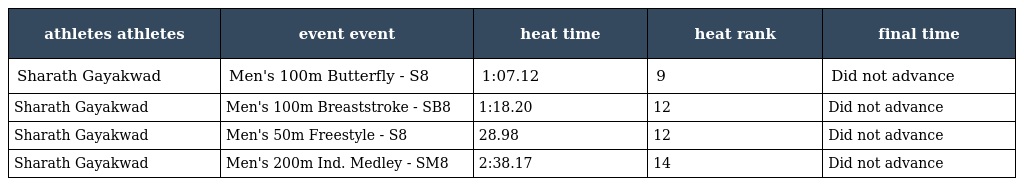
| athletes athletes | event event | heat time | heat rank | final time |
 | --- | --- | --- | --- | --- |
 | Sharath Gayakwad | Men's 100m Butterfly - S8 | 1:07.12 | 9 | Did not advance |
 | Sharath Gayakwad | Men's 100m Breaststroke - SB8 | 1:18.20 | 12 | Did not advance |
 | Sharath Gayakwad | Men's 50m Freestyle - S8 | 28.98 | 12 | Did not advance |
 | Sharath Gayakwad | Men's 200m Ind. Medley - SM8 | 2:38.17 | 14 | Did not advance |